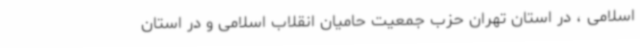
اسلامی ، در استان تهران حزب جمعیت حامیان انقلاب اسلامی و در استان